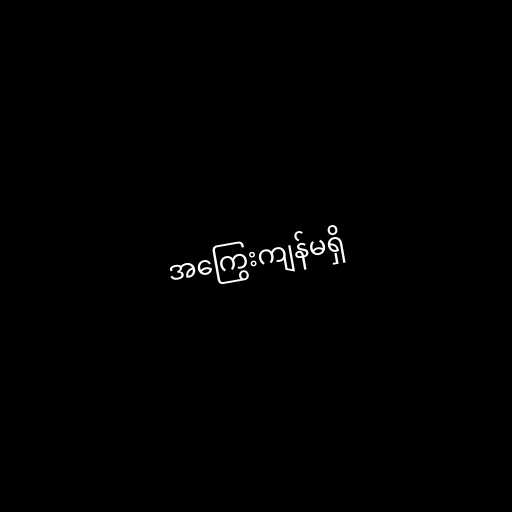
အကြွေးကျန်မရှိ